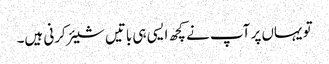
تو یہاں پر آپ نے کچھ ایسی ہی باتیں شیئر کرنی ہیں۔